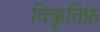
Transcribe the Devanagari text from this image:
विकृतिफ़